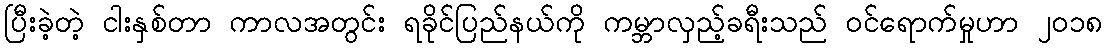
ပြီးခဲ့တဲ့ ငါးနှစ်တာ ကာလအတွင်း ရခိုင်ပြည်နယ်ကို ကမ္ဘာလှည့်ခရီးသည် ဝင်ရောက်မှုဟာ ၂၀၁၈